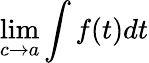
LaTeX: \lim\limits_{c\rightarrow a}\int f(t)dt